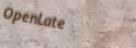
OpenLate